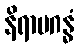
နိရာမဂန္ဓံ